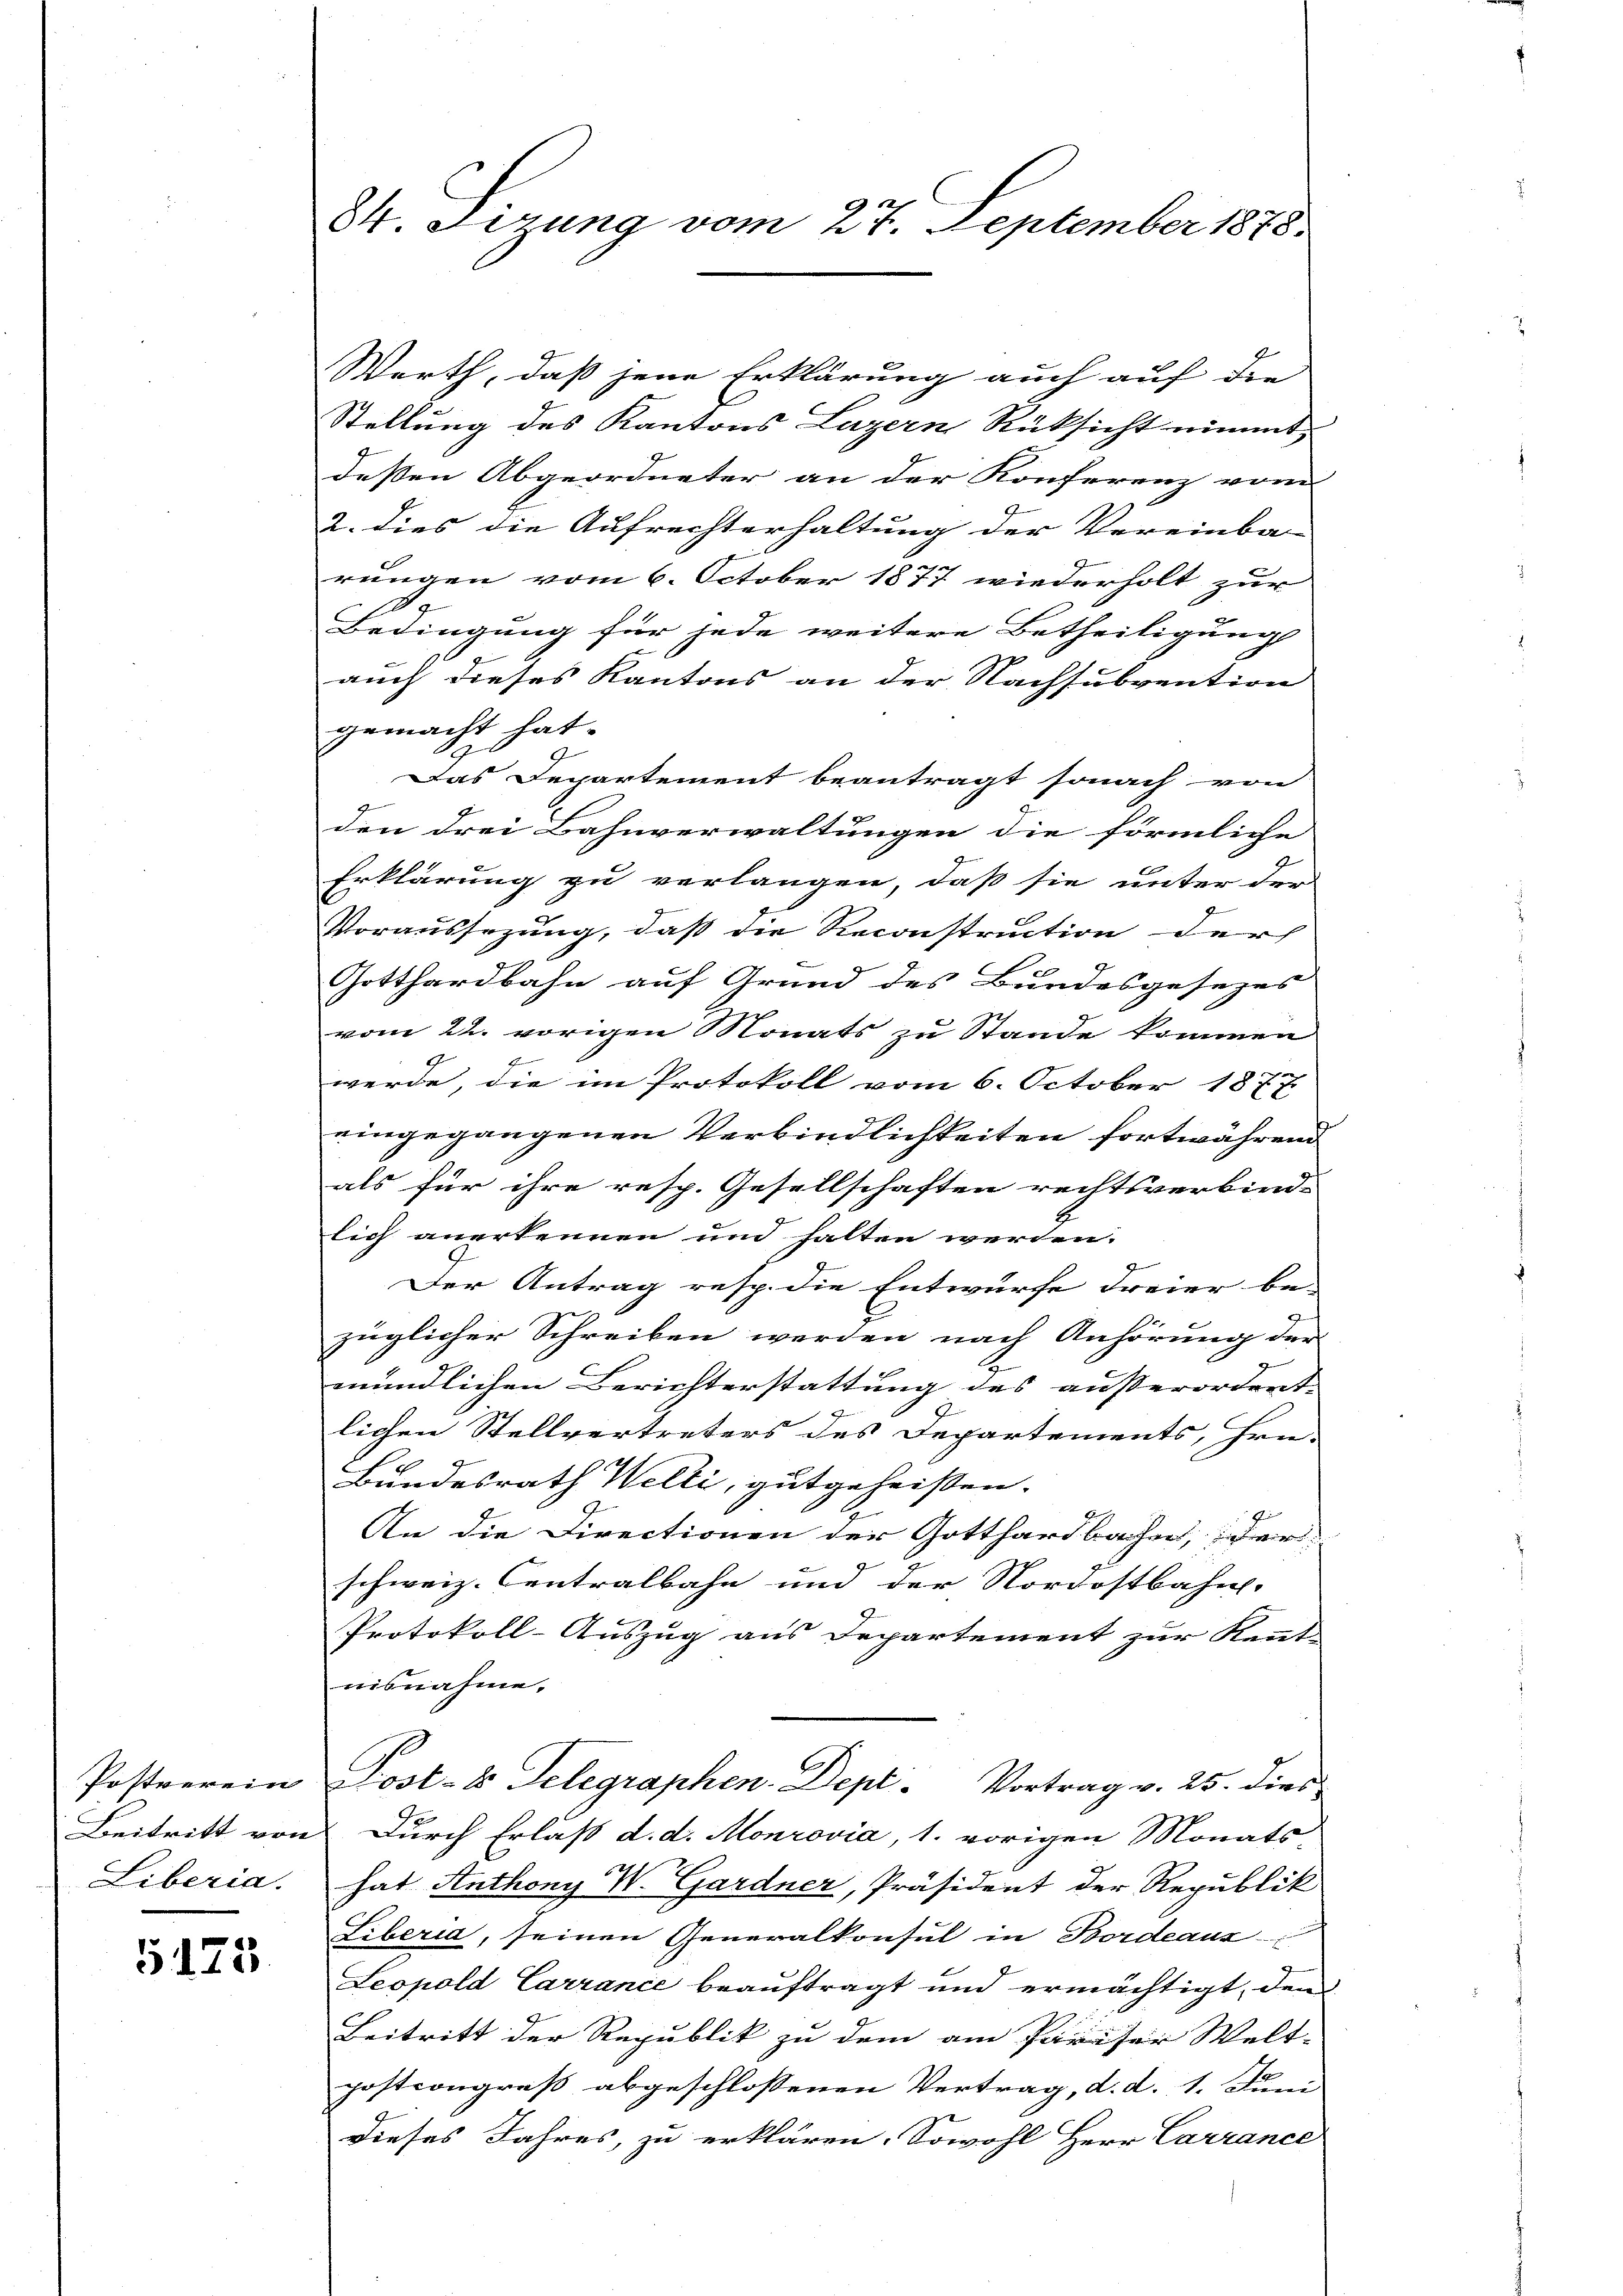
Liberia.

5125

84. Firung vom 27. September 1878.

Werth, daß jene Erklärung auch auf die
Stellung des Kantons Luzern Rüksicht nimmt,
deßen Abgeordneter an der Konferenz vom
2. dies die Aufrechterhaltung der Vereinba-
rungen vom 6. October 1877 wiederholt zur
19
Bedingung für jede weitere Betheiligung
auch dieses Kantons an der Nachsubvention
gemacht hat.
Das Departement beantragt sonach von
e
den drei Bahnverwaltungen die förmliche
Erklärung zu verlangen, daß sie unter der
Voraussezung, daß die Reconstruction der
Gotthardbahn auf Grund des Bundesgesezes |
vom 22. vorigen Monats zu Stande kommen
werde, die im Protokoll vom 6. October 1877
eingegangenen Verbindlichkeiten fortwährend
als für ihre resp. Gesellschaften rechtsverbind-
lich anerkennen und halten werden.
g
Der Antrag resp. die Entwurfe Freier be-
züglicher Schreiben werden nach Anhörung der
.
mündlichen Berichterstattung des außerordent.
lichen Stellvertreters des Departements, Hrn.
Bundesrath Welti, gutgeheißen.
7
An die Directionen der Gotthardbache, scher
schweiz. Centralbahn und der Nordostbahn.
Protokoll-Auszug aus Departement zur Kennt-
nisnahme.
Postverein Post- & Gelegraphen-Dept. Vortrag v. 25. dies
Beitritt von Durch Erlass d. d. Monrovia, 1. vorigen Monats-
hat Anthony W. Gardner, Präsident der Republik
Liberia, seinen Generalkonsul in Bordeaus
Leopold Carrance beauftragt und ermächtigt, dem
Beitritt der Republik zu dem am Pariser Welt-
postiongreß abgeschlossenen Vertrag, d. d. 1. Juni
Dieses Jahres, zu erklären. Sowohl Herr Carrance